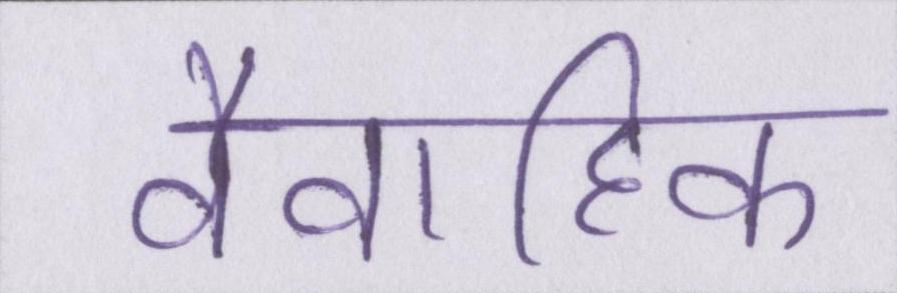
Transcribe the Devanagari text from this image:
वैवाहिक